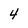
Character: 4